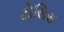
ટોસિસ